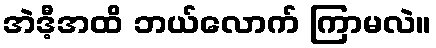
အဲဒီ့အထိ ဘယ်လောက် ကြာမလဲ။